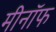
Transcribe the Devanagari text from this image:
मीनॉफ